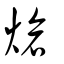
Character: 熗